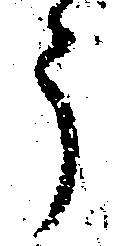
う